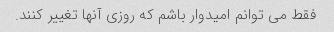
فقط می توانم امیدوار باشم که روزی آنها تغییر کنند.